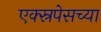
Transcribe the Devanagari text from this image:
एक्स्रपेसच्या